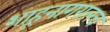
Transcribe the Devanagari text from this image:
शाहूनागरालच